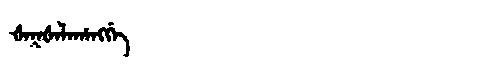
Manchu: ᡧᠠᡴᡧᠠᠯᠠᡥᠠᠩᡤᡝ
Romanization: ŠAKŠALAHANGGE